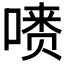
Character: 𪡺